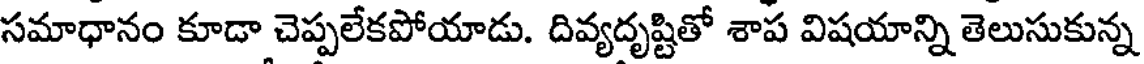
సమాధానం కూడా చెప్పలేకపోయాడు. దివ్యదృష్టితో శాప విషయాన్ని తెలుసుకున్న